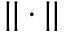
| | \cdot | |